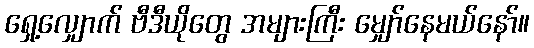
ရှေ့လျှောက် ဗီဒီယိုတွေ အများကြီး မျှော်နေမယ်နော်။